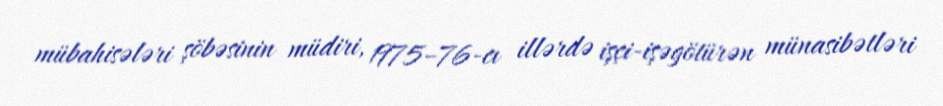
mübahisələri şöbəsinin müdiri, 1975–76-cı illərdə işçi-işəgötürən münasibətləri